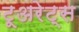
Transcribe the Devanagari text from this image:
टूअरेट्स